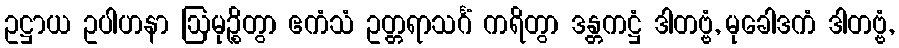
ဥဋ္ဌာယ ဥပါဟနာ ဩမုဉ္စိတွာ ဧကံသံ ဥတ္တရာသင်္ဂံ ကရိတွာ ဒန္တကဋ္ဌံ ဒါတဗ္ဗံ, မုခေါဒကံ ဒါတဗ္ဗံ,